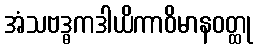
အံသဗဒ္ဓကဒါယိကာဝိမာနဝတ္ထု